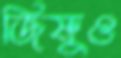
জিষ্ণুও